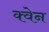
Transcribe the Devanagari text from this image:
क्वेन